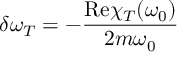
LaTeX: \delta \omega _ { T } = - \frac { \mathrm { R e } \chi _ { T } ( \omega _ { 0 } ) } { 2 m \omega _ { 0 } }